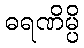
ဓရဏိမ္ပိ